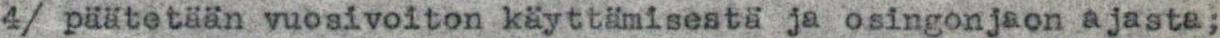
4/ päätetään vuosivoiton käyttimisestä ja osingonjaon ajasta;